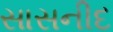
સાસનીદ